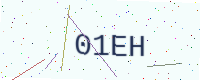
Text: 01EH